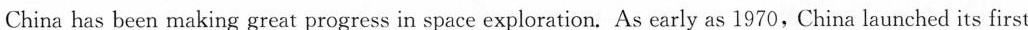
China has been making great progress in space exploration. As early as 1970, China launched_ its first